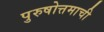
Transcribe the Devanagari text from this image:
पुरुषोत्तमाची